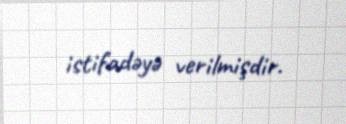
istifadəyə verilmişdir.